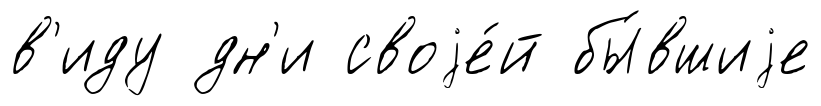
в'иду дн'и своjе́й бы́вшиjе